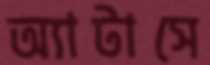
অ্যাটাসে